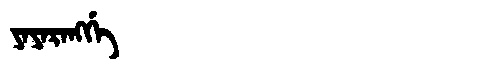
Manchu: ᠶᠠᠶᠠᡵᠠᠩᡤᡝ
Romanization: YAYARANGGE